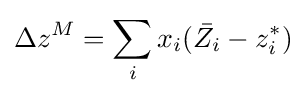
\Delta z^{M}=\sum _{i}x_{i}({\bar {Z_{i}}}-z_{i}^{*})